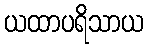
ယထာပရိသာယ